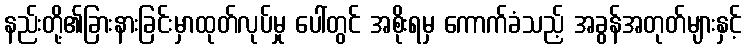
နည်းတို့၏ခြားနားခြင်းမှာထုတ်လုပ်မှု ပေါ်တွင် အစိုးရမှ ကောက်ခံသည့် အခွန်အတုတ်များနှင့်